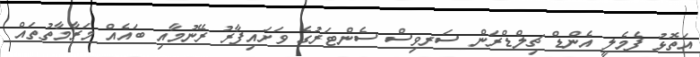
އަތޮޅު ފެމެލީ އެންޑް ޗިލްޑްރަން ސަރވިސް ސެންޓަރުގެ ވަށައިފާރު ރޭނުމާއި ބައެއް މަރާމާތުތައް